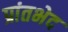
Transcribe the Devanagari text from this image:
प्रांतभेद